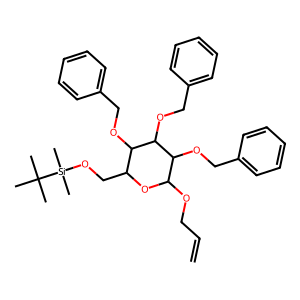
SMILES: C=CCOC1OC(CO[Si](C)(C)C(C)(C)C)C(OCc2ccccc2)C(OCc2ccccc2)C1OCc1ccccc1
Inhibits HIV replication: No